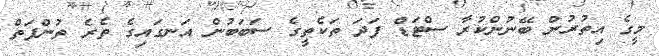
މީގެ އިތުރުން ބޭނުންކުރާ ސްޓަޑް ފަދަ ތަކެތީގެ ސަބަބުން އަނގައިގެ ތެރެ ތުންފަތް